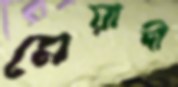
মেয়াদী